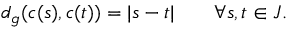
d _ { g } ( c ( s ) , c ( t ) ) = | s - t | \qquad \forall s , t \in J .